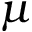
\mu